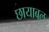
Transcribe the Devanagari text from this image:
छायाबल